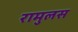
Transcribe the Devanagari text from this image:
रामुलस